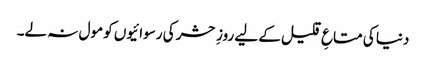
دنیا کی متاعِ قلیل کے لیے روزِ حشر کی رسوائیوں کو مول نہ لے۔